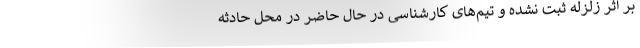
بر اثر زلزله ثبت نشده و تیم‌های کارشناسی در حال حاضر در محل حادثه